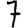
Digit: 7